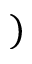
)